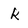
Character: k